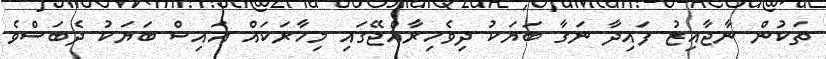
ތަކުން ނާޖާއިޒު ފައިދާ ނަގާ ބަޔަކު ދިވެހިރާއްޖޭގައި މިހާރަކައް އައިސް ބަޔަކު ދެބަސްވެ